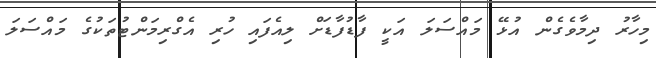
މިހާރު ދިމާވެގެން އުޅޭ މައްސަލަ އަކީ ފާޑުފާޑަށް ލިއެފައި ހުރި އެގްރިމަންޓުތަކުގެ މައްސަލަ